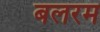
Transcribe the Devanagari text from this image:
बलरम